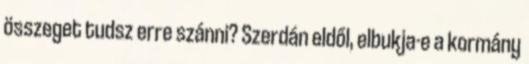
összeget tudsz erre szánni? Szerdán eldől, elbukja-e a kormány